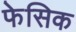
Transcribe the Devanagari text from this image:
फेसिक